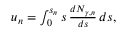
\begin{array} { r } { u _ { n } = \int _ { 0 } ^ { s _ { n } } s \, \frac { d N _ { \gamma , n } } { d s } \, d s , } \end{array}